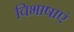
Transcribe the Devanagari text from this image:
विभाषाएं